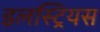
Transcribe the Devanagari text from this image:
इलस्ट्रियस